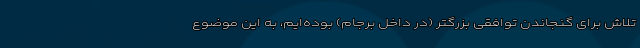
تلاش برای گنجاندن توافقی بزرگتر (در داخل برجام) بوده‌ایم، به این موضوع